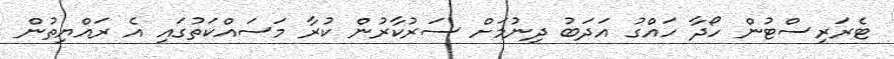
ޓެރަރިސްޓުން ހޯދާ ހައްގު އަދަބު ދިނުމަށް ސަރުކާރުން ކުރާ މަސައްކަތުގައި އެ ރައްޔިތުން